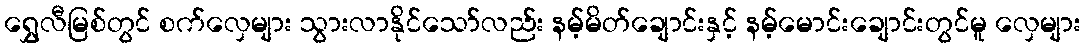
ရွှေလီမြစ်တွင် စက်လှေများ သွားလာနိုင်သော်လည်း နမ့်မိတ်ချောင်းနှင့် နမ့်မောင်းချောင်းတွင်မူ လှေများ